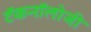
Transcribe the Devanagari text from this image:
टॅकनॉलोजी